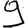
Digit: 9